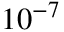
1 0 ^ { - 7 }